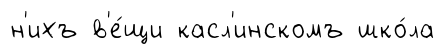
н'ихъ в'е́щи касл'инскомъ шко́ла